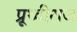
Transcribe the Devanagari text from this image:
प्रूथ्‍वीराज